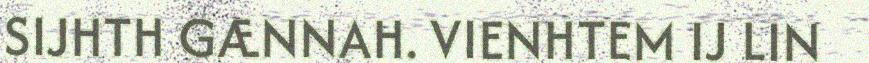
SIJHTH GÆNNAH. VIENHTEM IJ LIN